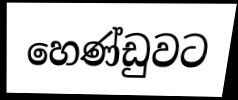
හෙණ්ඩුවට